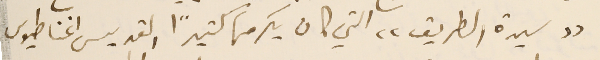
"سيدة الطريق" التي كان يكرمها كثيرًا القديس اغناطيوس